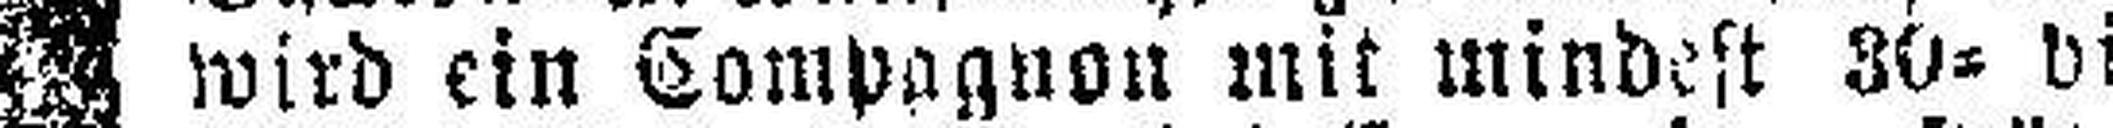
wird ein Compagnon mit mindest 30= bis